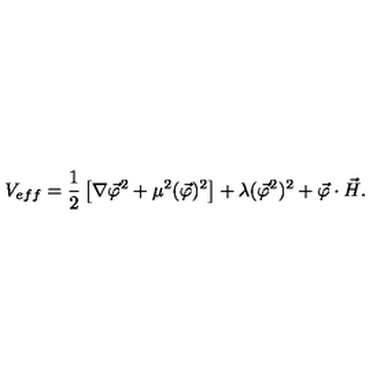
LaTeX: V _ { e f f } = \frac { 1 } { 2 } \left[ \nabla \vec { \varphi } ^ { 2 } + \mu ^ { 2 } ( \vec { \varphi } ) ^ { 2 } \right] + \lambda ( \vec { \varphi } ^ { 2 } ) ^ { 2 } + \vec { \varphi } \cdot \vec { H } .